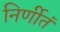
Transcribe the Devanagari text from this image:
निर्णीतं